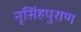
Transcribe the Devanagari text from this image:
नृसिंहपुराण